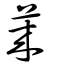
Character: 萊